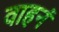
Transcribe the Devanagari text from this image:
वाहनं